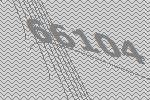
66104